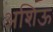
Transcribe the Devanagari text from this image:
अशिऊ